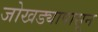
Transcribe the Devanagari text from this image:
जोखड्यापासून